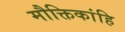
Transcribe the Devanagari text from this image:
मौक्तिकांहि